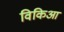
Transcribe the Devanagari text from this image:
विकिआ